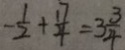
- \frac { 1 } { 2 } + \frac { 1 7 } { 4 } = 3 \frac { 3 } { 4 }